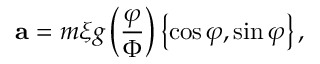
\mathbf { a } = m \xi g \left( \frac { \varphi } { \Phi } \right) \left\{ \cos \varphi , \sin \varphi \right\} ,